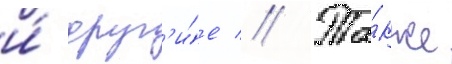
и́ друг'и́е // Та́кже